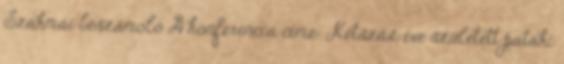
Szakmai beszámoló A konferencia címe: Kétszáz éve született pataki